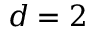
d = 2